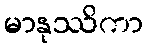
မာနုဿိကာ